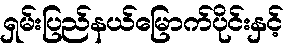
ရှမ်းပြည်နယ်မြောက်ပိုင်းနှင့်